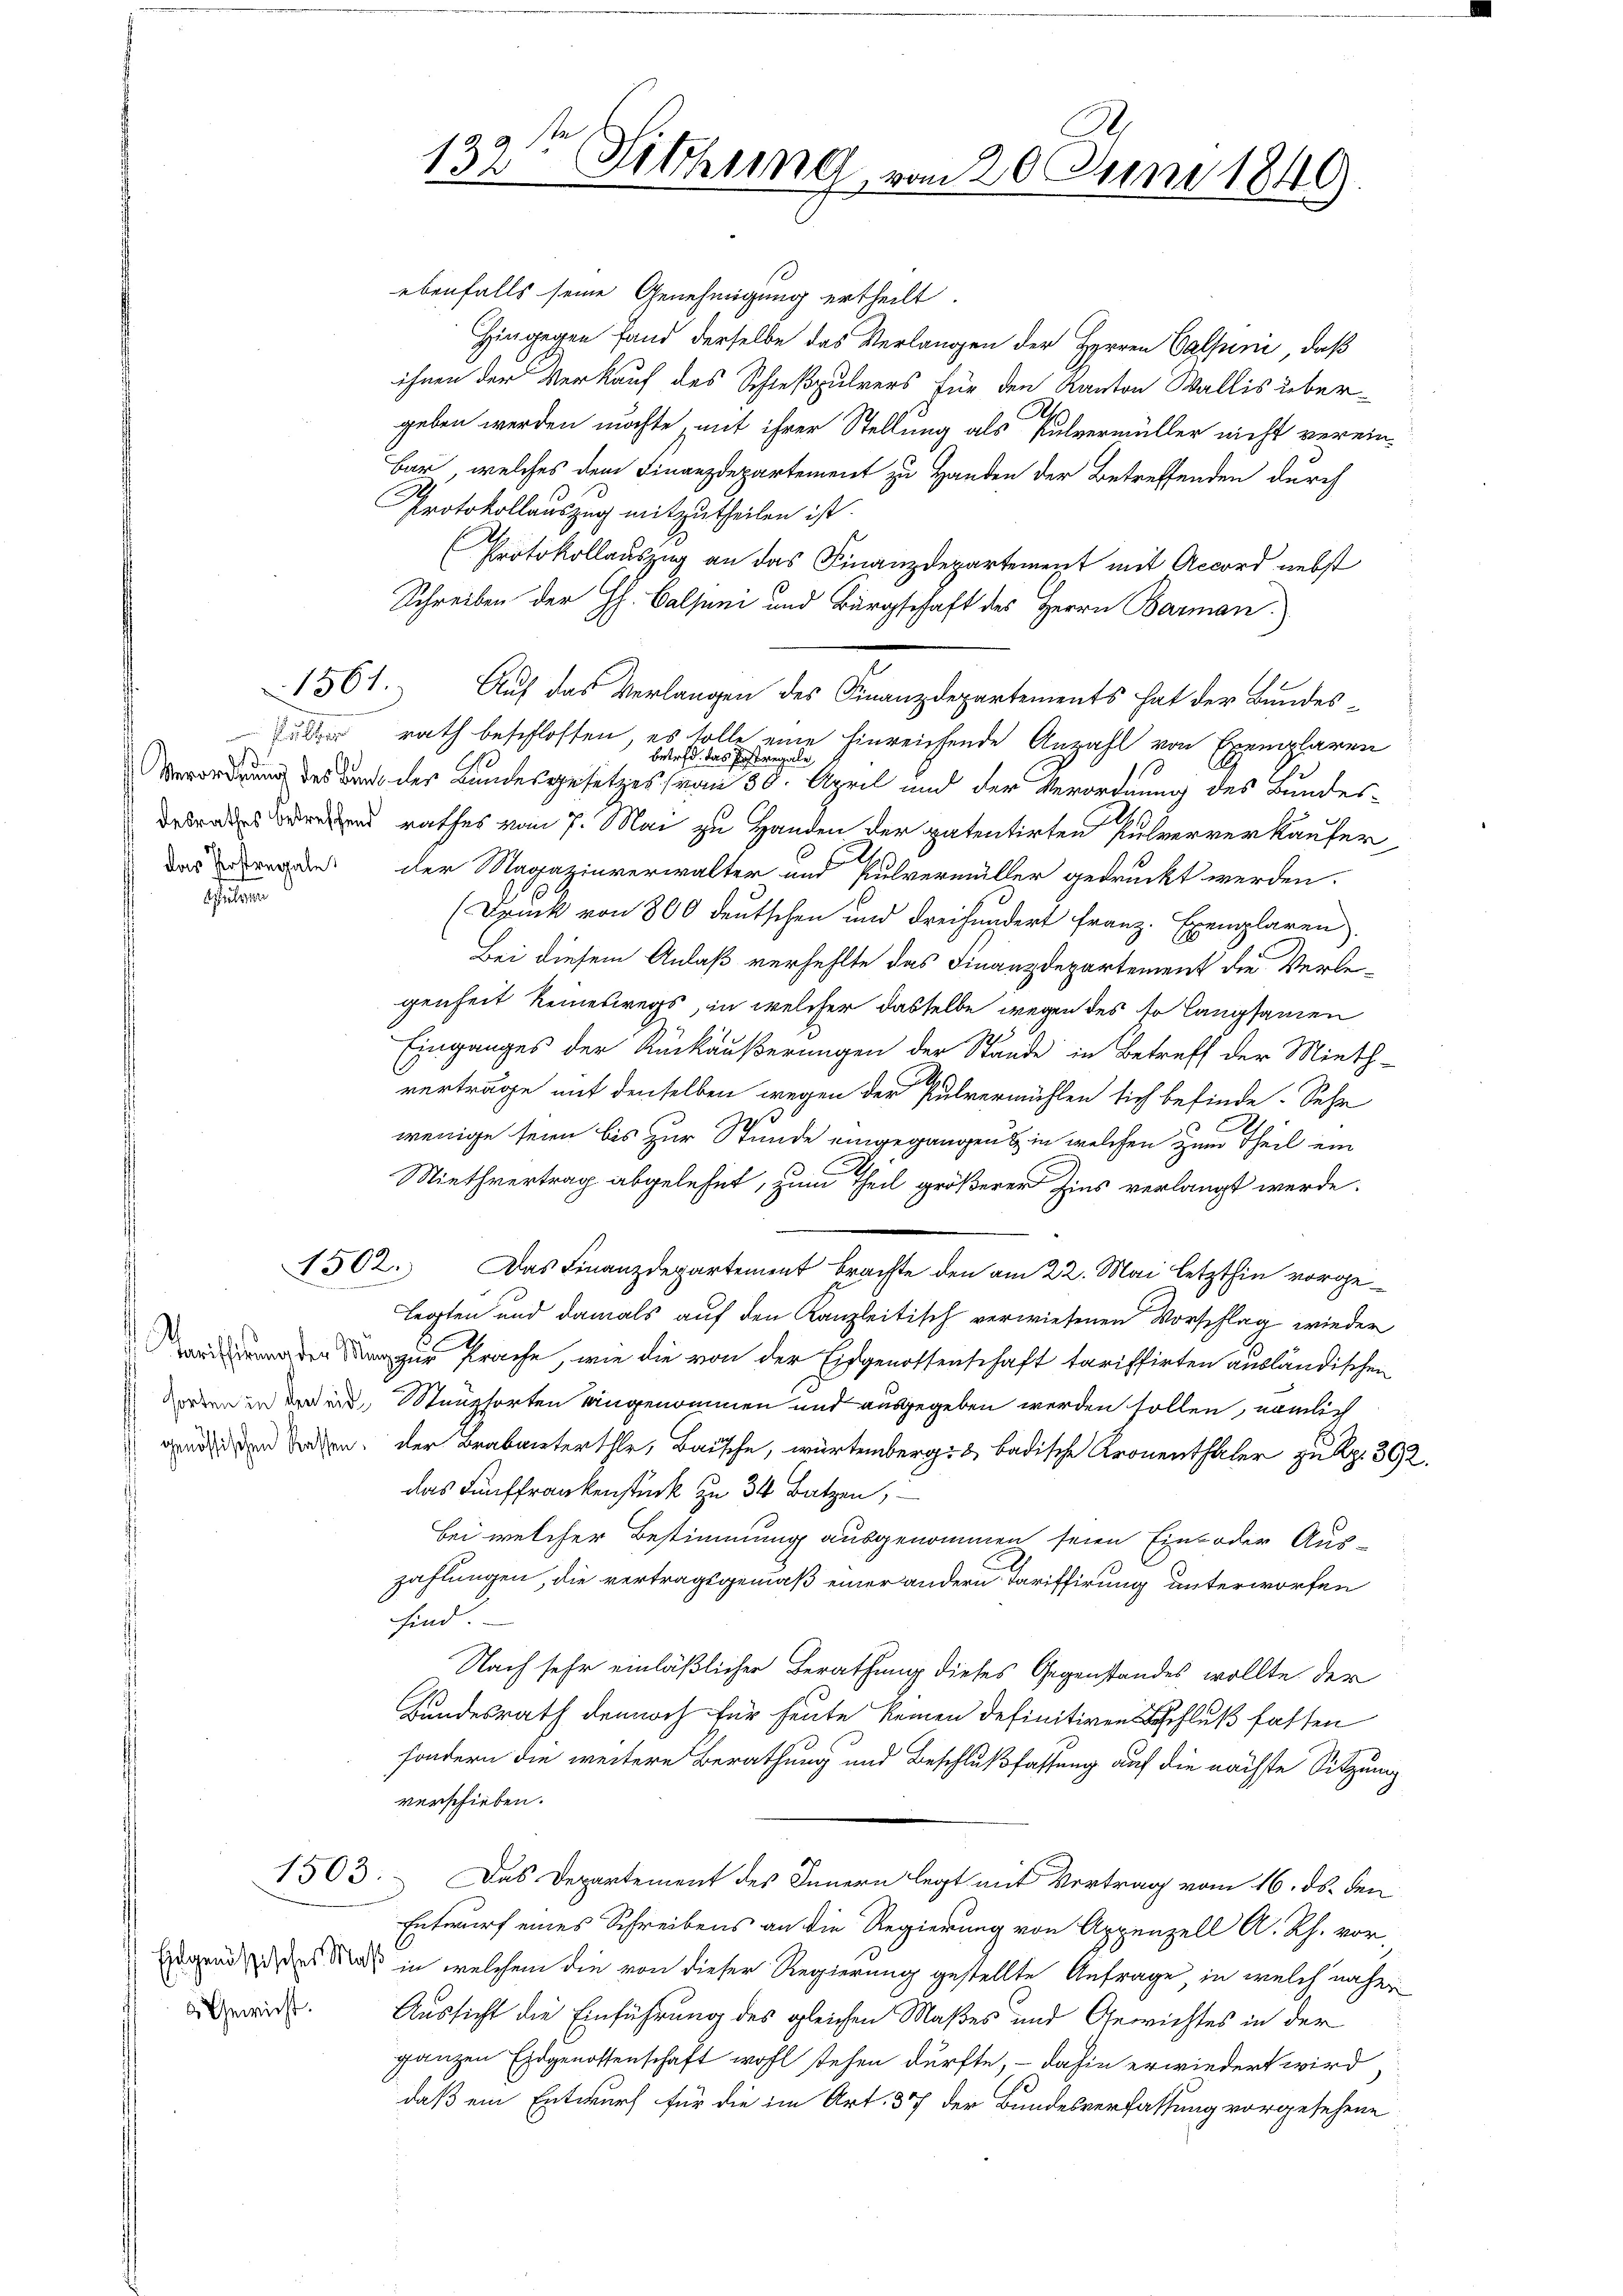
e

1561.

e
das Postregale

1503.

d Gewicht.

1
1
132 Sitzung, vom 20 Juni 1849

ebenfalls seine Genehmigung ertheilt.
Hingegen fand derselbe das Verlangen der Herren Calsuni, daß
ihnen der Verkauf des Schießpulvers für den Kanton Wallis übergeben werden möchte, mit ihrer Stellung als Pulvermüller nicht verein-
Bar, welches dem Finanzdepartement zu Handen der Betreffenden durch
Protokollauszug mitzutheilen ist.
(Protokollauszug an das Finanzdepartement mit Accord nebst
Schreiben der H. Balsani und Bürgschaft des Herrn Barman
Auf das Verlangen des Finanzdepartements hat der Bundes-
rath beschlossen, es solle eine Einreichende Anzahl von Exemplaren
Betreff das
Sostregale
Verorderung des Dacht der Bundesgesetzes (von 30. April und der Verordnung des Bundes-
 rend rathes vom 7. Mai zu Handen der patentirten Pulververkäufer
der Magazinverwalter und Pulvermüller gedruckt werden.
(Druck von 800 deutschen und dreihundert Franz. Exemplaren.
Bei diesem Anlaß verhehlte das Finanzdepartement die Verlegenheit keineswegs, in welcher dasselbe wegen des so langsamen
Einganges der Umkäußerungen der Stände in Betreff der Miethverträge mit denselben wegen der Pulvermühlen sich befinde. Sehr
wenige seien bis zur Stunde eingegangen in welchen zum Theil ein
Miethvertrag abgelehnt, zum Theil größerer Zins verlangt werde.
1502. Das Finanzdepartement brachte den am 22. Mai letzthin vorgelegten und damals auf den Kanzleitisch verwiesenen Vorschlag wieder
ur prache, wie die von der Eidgenossenschaft tariffirten ausländischen
 in den Stenzsorten angenommen und ausgegeben werden sollen, nämlich
vnd die Sachen, der Brabanterthe, Baische, würtemberg & badische Kronenthaler zu Rp. 39
das Fünffrankenstück zu 34 Batzen,
bei welcher Bestimmung ausgenommen seien Ein- oder Aus-
zahlungen, die vertragsgemäß einer andern Tariffirung unterworfen
sind.
Nach sehr einläßlicher Berathung dieses Gegenstandes wollte der
Bundesrath dennoch für heute keinen definitiven Beschluß fasten
sondern die weitere Berathung und Beschlußfassung auf die nächste Sitzung
verschieben.
Das Departement des Innern legt mit Vertrag vom 16. ds. den
Entwurf eines Schreibens an die Regierung von Appenzell A. Rh. vor-
Hugend des Rads in welchem die von dieser Regierung gestellte Anfrage, in welch näher
Aussicht die Einführung des gleichen Maßes und Gewichtes in der
ganzen Eidgenossenschaft wohl stehen dürfte, – dahin erwiedert wird,
daß ein Entwurf für die im Art. 37 der Bundesverfassung vorgesehene